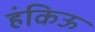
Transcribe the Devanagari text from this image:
हंकिऊ